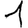
Digit: 1